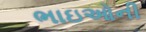
ભાઇઓની